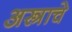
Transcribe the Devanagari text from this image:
अस्त्राचे